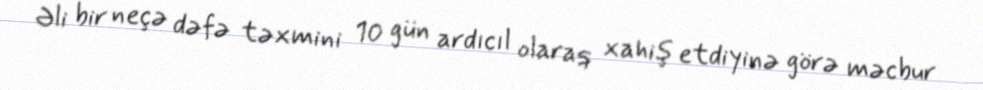
Əli bir neçə dəfə təxmini 10 gün ardıcıl olaraq xahiş etdiyinə görə məcbur